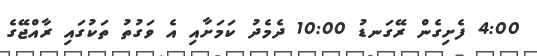
4:00 ފެށިގެން ރޭގަނޑު 10:00 ދެމެދު ކަމަށާއި އެ ވަގުތު ތަކުގައި ރާއްޖޭގެ